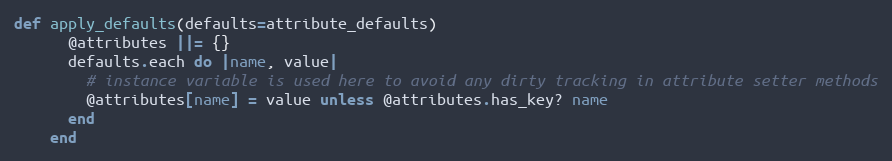
Language: Ruby
def apply_defaults(defaults=attribute_defaults)
      @attributes ||= {}
      defaults.each do |name, value|
        # instance variable is used here to avoid any dirty tracking in attribute setter methods
        @attributes[name] = value unless @attributes.has_key? name
      end
    end